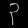
Digit: ၃